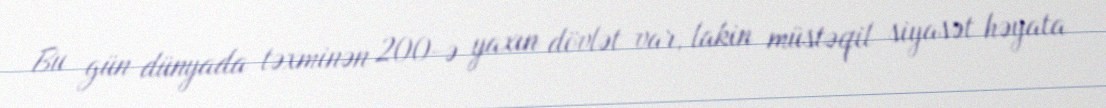
Bu gün dünyada təxminən 200-ə yaxın dövlət var, lakin müstəqil siyasət həyata